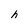
Character: h